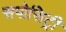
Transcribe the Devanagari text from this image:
सपोसिट्री